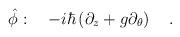
LaTeX: \begin{align*}\hat{\phi}:\ \ \ -i\hbar\left(\partial_z+g\partial_\theta\right)\ \ \ .\end{align*}